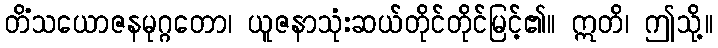
တိံသယောဇနမုဂ္ဂတော၊ ယူဇနာသုံးဆယ်တိုင်တိုင်မြင့်၏။ ဣတိ၊ ဤသို့။